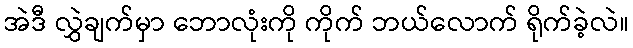
အဲဒီ လွှဲချက်မှာ ဘောလုံးကို ကိုက် ဘယ်လောက် ရိုက်ခဲ့လဲ။